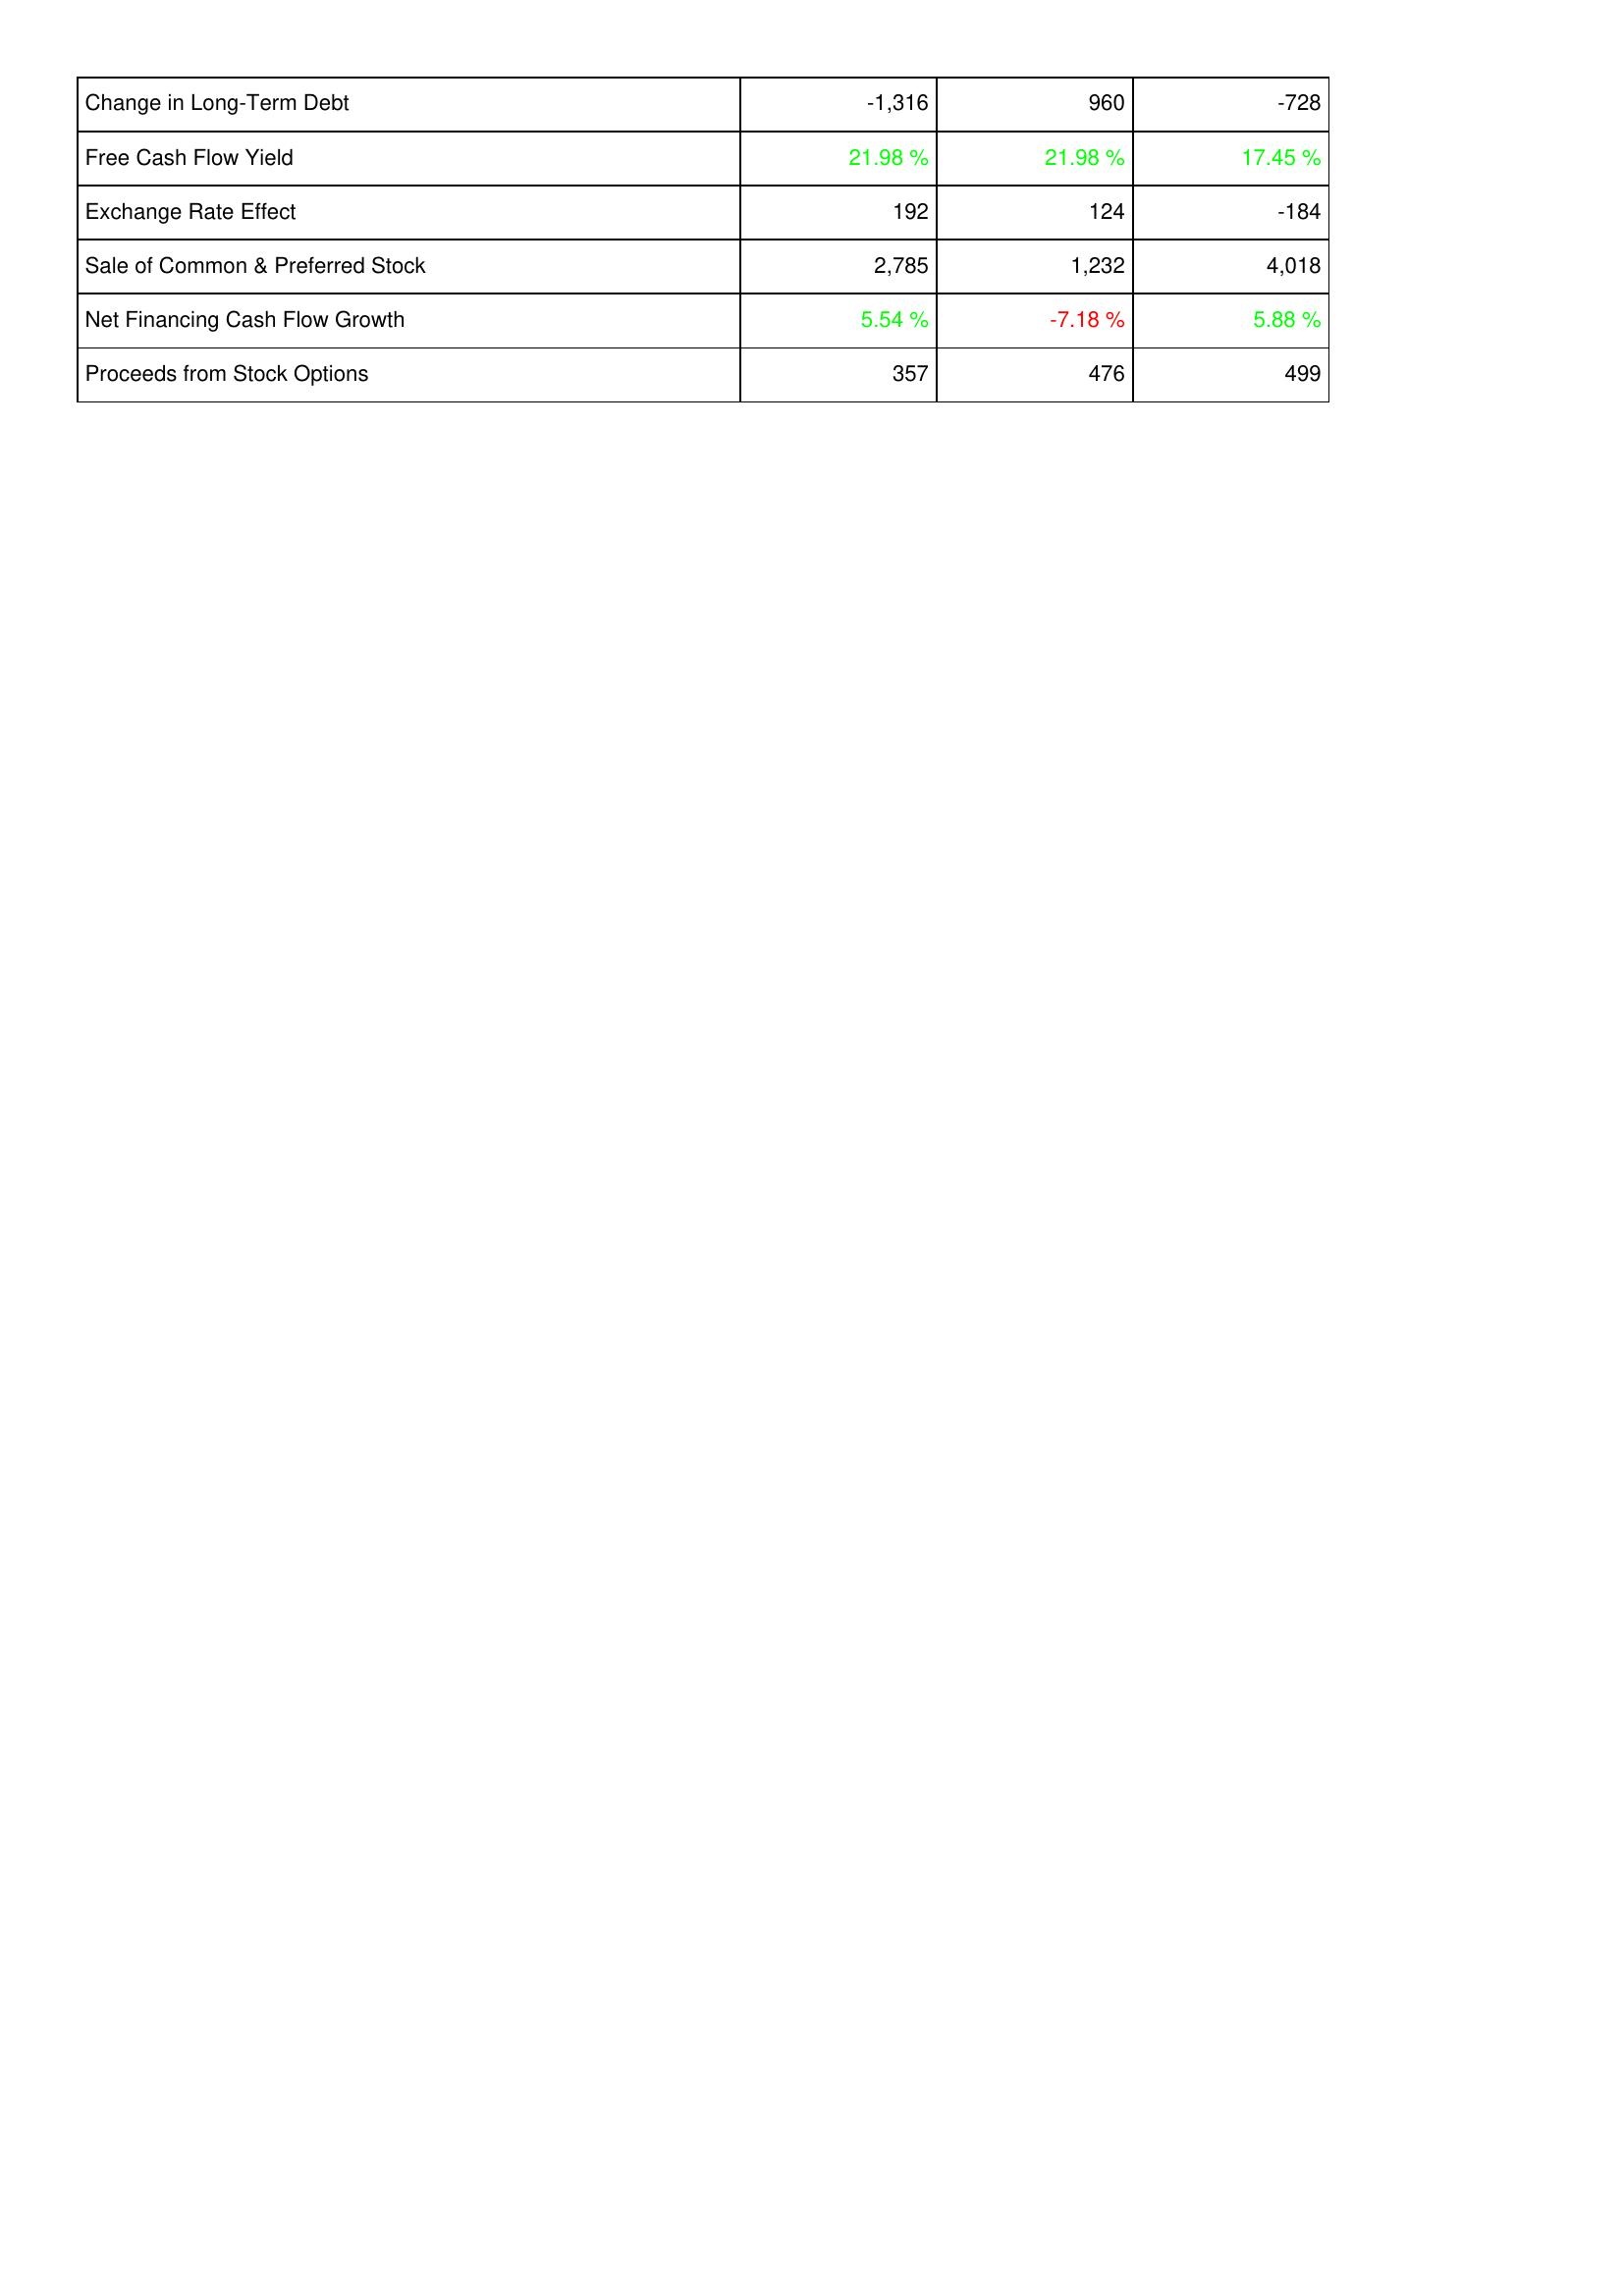
2016: Financing Activities: Change in Long-Term Debt: -1,316
Free Cash Flow Yield: 21.98 %
Exchange Rate Effect: 192
Sale of Common & Preferred Stock: 2,785
Net Financing Cash Flow Growth: 5.54 %
Proceeds from Stock Options: 357
2017: Financing Activities: Change in Long-Term Debt: 960
Free Cash Flow Yield: 21.98 %
Exchange Rate Effect: 124
Sale of Common & Preferred Stock: 1,232
Net Financing Cash Flow Growth: -7.18 %
Proceeds from Stock Options: 476
2018: Financing Activities: Change in Long-Term Debt: -728
Free Cash Flow Yield: 17.45 %
Exchange Rate Effect: -184
Sale of Common & Preferred Stock: 4,018
Net Financing Cash Flow Growth: 5.88 %
Proceeds from Stock Options: 499